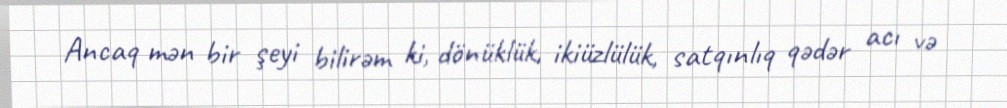
Ancaq mən bir şeyi bilirəm ki, dönüklük, ikiüzlülük, satqınlıq qədər acı və